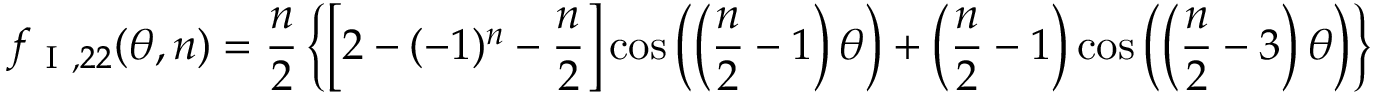
f _ { \mathrm { ~ I ~ } , 2 2 } ( \theta , n ) = \frac { n } { 2 } \left\{ \left[ 2 - ( - 1 ) ^ { n } - \frac { n } { 2 } \right] \cos \left( \left( \frac { n } { 2 } - 1 \right) \theta \right) + \left( \frac { n } { 2 } - 1 \right) \cos \left( \left( \frac { n } { 2 } - 3 \right) \theta \right) \right\}